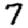
Digit: 7